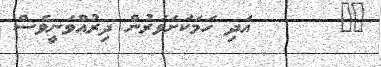
٢٣       އަދި ހަމަކަށަވަރުން ދިރުއްވަނީވެސް